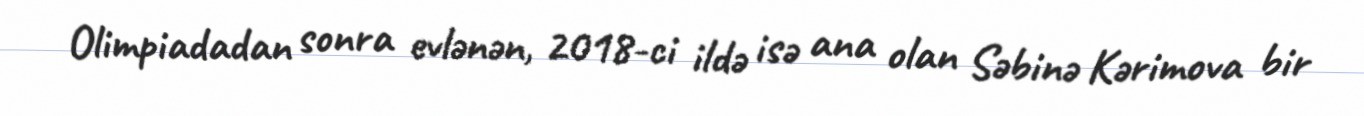
Olimpiadadan sonra evlənən, 2018-ci ildə isə ana olan Səbinə Kərimova bir